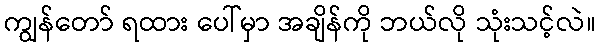
ကျွန်တော် ရထား ပေါ်မှာ အချိန်ကို ဘယ်လို သုံးသင့်လဲ။